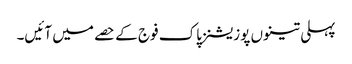
پہلی تینوں پوزیشنز پاک فوج کے حصے میں آئیں۔